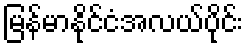
မြန်မာနိုင်ငံအလယ်ပိုင်း